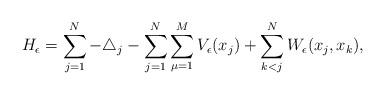
LaTeX: \begin{align*}H_\epsilon=\sum_{j=1}^N-\triangle_j-\sum_{j=1}^N\sum_{\mu=1}^MV_\epsilon(x_j)+\sum_{k<j}^NW_\epsilon(x_j,x_k),\end{align*}